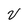
Character: V